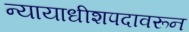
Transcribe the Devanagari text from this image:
न्यायाधीशपदावरून